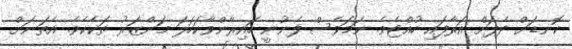
ކޮނޑަށް ދެފަށް އަރާފައި ހުއްޓެވެ. ނަމަވެސް ފެނުނީ ހައިރާންވާކަހަލަ މަންޒަރު ތަކެކެވެ. އެތަނަށް